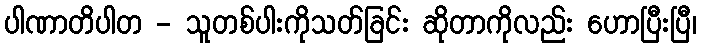
ပါဏာတိပါတ - သူတစ်ပါးကိုသတ်ခြင်း ဆိုတာကိုလည်း ဟောပြီးပြီ၊